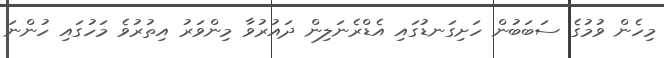
މިހެން ވުމުގެ ސަބަބުން ހަށިގަނޑުގައި އެޑްރެނަލިން ދައުރުވާ މިންވަރު އިތުރުވެ މަހުގައި ހުންނަ